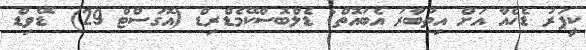
ކީޕަރު ޑެހެއާ އަށް އިތުބާރު އެބައޮތް: ޑެލްބޮސްކޭމެޑްރިޑް (އޮގަސްޓް 29)  ޑޭވިޑް